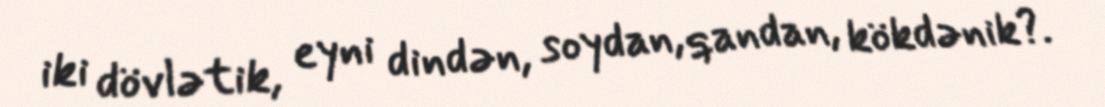
iki dövlətik, eyni dindən, soydan, qandan, kökdənik?.